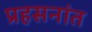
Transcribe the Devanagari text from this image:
प्रहसनांत